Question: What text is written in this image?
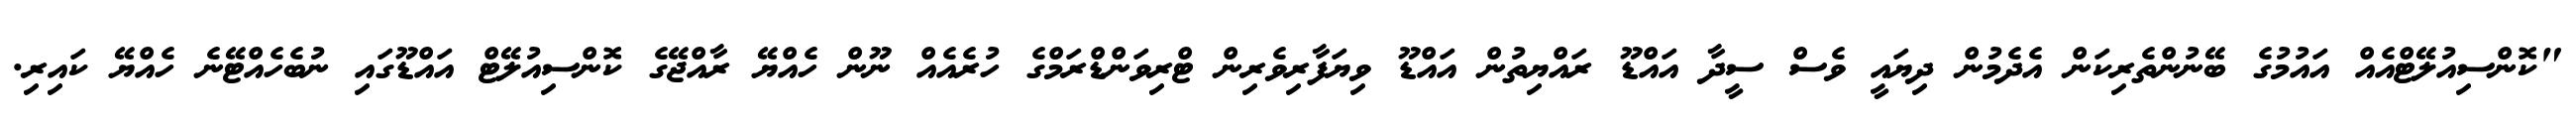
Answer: "ކޮންސިއުލޭޓްއެއް އައުމުގެ ބޭނުންތެރިކަން އެދެމުން ދިޔައީ ވެސް ސީދާ އައްޑޫ ރައްޔިތުން އައްޑޫ ވިޔަފާރިވެރިން ޓްރިވަންޑްރަމްގެ ހުރެއެއް ނޫން ހެއްޔޭ ރާއްޖޭގެ ކޮންސިއުލޭޓް އައްޑޫގައި ނުބެހެއްޓޭނެ ހެއްޔޭ ކައިރި.